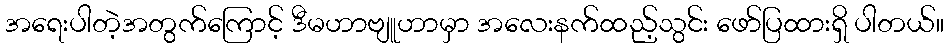
အရေးပါတဲ့အတွက်ကြောင့် ဒီမဟာဗျူဟာမှာ အလေးနက်ထည့်သွင်း ဖော်ပြထားရှိ ပါတယ်။